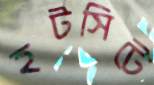
হটসিটে